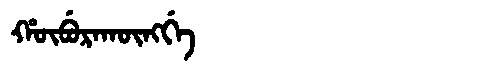
Manchu: ᡥᡡᠪᡠᡵᠠᡴᡡᠩᡤᡝ
Romanization: HŪBURAKŪNGGE